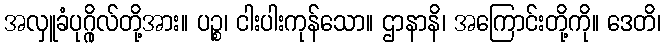
အလှူခံပုဂ္ဂိုလ်တို့အား။ ပဉ္စ၊ ငါးပါးကုန်သော။ ဌာနာနိ၊ အကြောင်းတို့ကို။ ဒေတိ၊